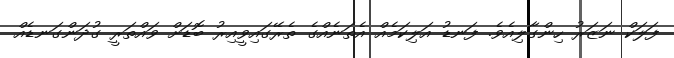
ފަލަކް ނަޒަރު ހިންގާލިއެވެ. ފަނޑު އަލިކަމެއް އެތަނެއްގެ ތެރޭގައިވީއިރު ބޮޑަށް ވައްތަރީ ގުދަންގަނޑެއް